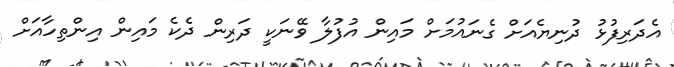
އެދަރިފުޅު ދުނިޔެއަށް ގެނައުމަށް މައިން އުފުލާ ވޭނަކީ ދަރިން ދެކެ މައިން އިންތިހާއަށް